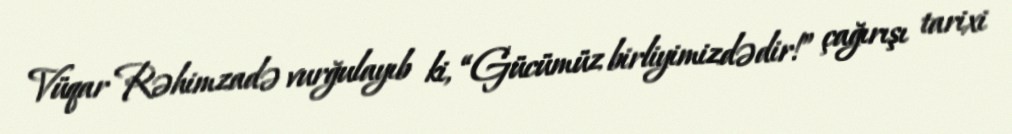
Vüqar Rəhimzadə vurğulayıb ki, “Gücümüz birliyimizdədir!” çağırışı tarixi